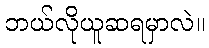
ဘယ်လိုယူဆရမှာလဲ။